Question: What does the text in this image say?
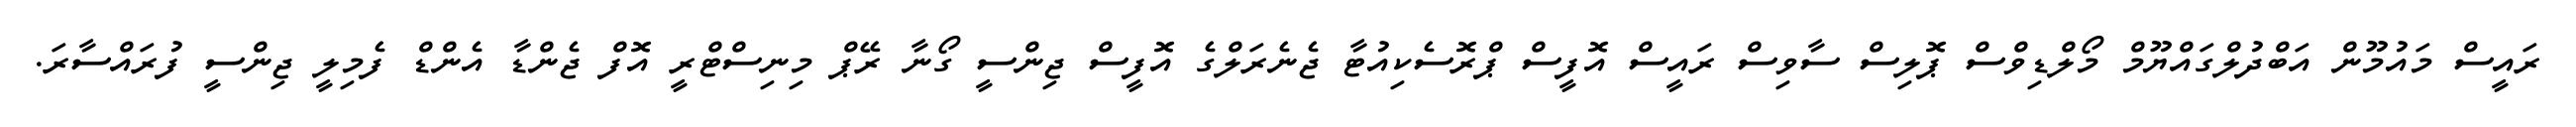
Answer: ރައީސް މައުމޫން އަބްދުލްގައްޔޫމް މޯލްޑިވްސް ޕޮލިސް ސާވިސް ރައީސް އޮފީސް ޕްރޮސެކިއުޓާ ޖެނެރަލްގެ އޮފީސް ޖިންސީ ގޯނާ ރޭޕް މިނިސްޓްރީ އޮފް ޖެންޑާ އެންޑް ފެމިލީ ޖިންސީ ފުރައްސާރަ.